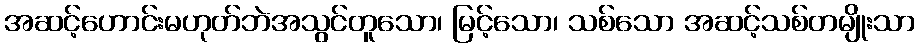
အဆင့်ဟောင်းမဟုတ်ဘဲအသွင်တူသော၊ မြင့်သော၊ သစ်သော အဆင့်သစ်တမျိုးသာ